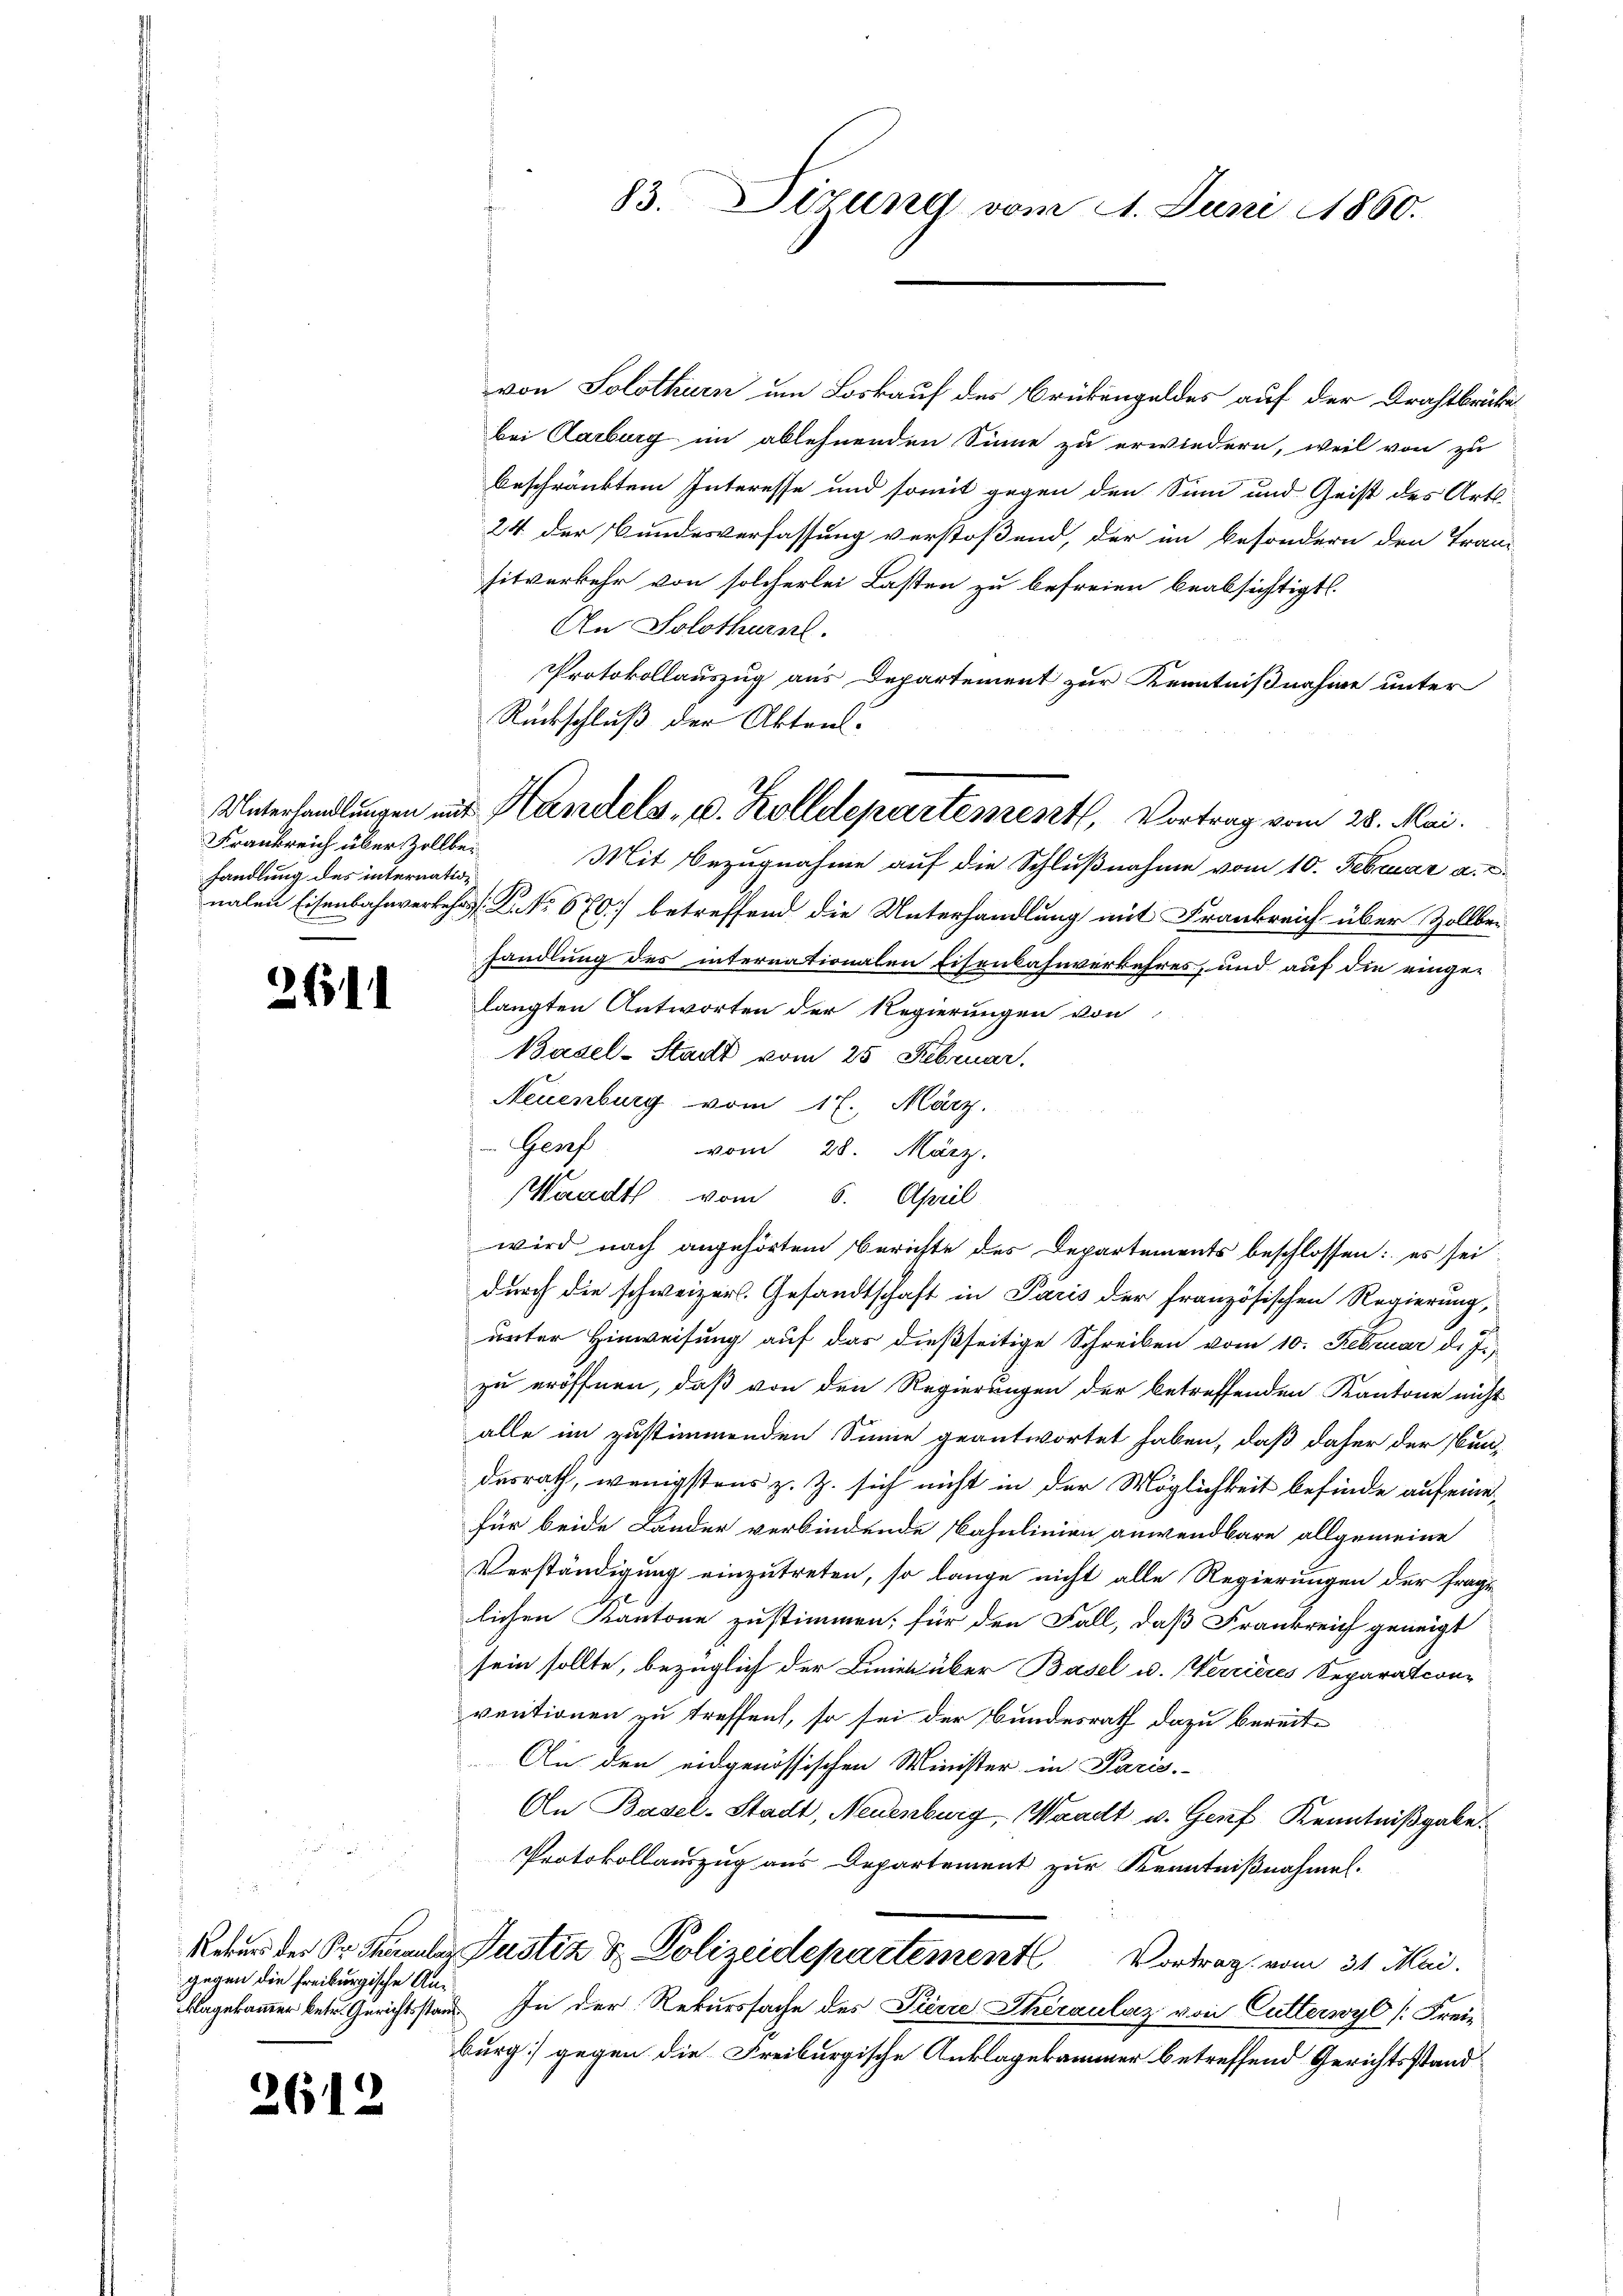
Frankreich über Zollbehandlung des internation

2611

gegen die Freiburgische An¬

2612

von Solothurn um Loskauf des Brückengeldes auf der Drahtbrücke
bei Aarburg im ablehnenden Sinne zu erwiedern, weil von zu
beschränktem Interesse und somit gegen den Sinn und Geist des Arts-
24 der Bundesverfassung verstoßend, der im besondern den Tran
sitverkehr von solcherlei Lasten zu befreien beabsichtigt.
An Solothurn.
Protokollauszug aus Departement zur Kenntnißnahme unter
Mit Bezugnahme auf die Schlußnahme vom 10. Februar a. c.
nalen Eisenbahnverkehrs K. No. 670] betreffend die Unterhandlung mit Frankreich über Zollbei
handlung des internationalen Eisenbahnverkehres, und auf die eingelangten Antworten der Regierungen von
Basel-Stadt vom 25 Februar.
Neuenburg vom 17. März.
Genf vom 28. März.
Waadt vom 6. April
wird nach angehörten Berichte des Departements beschlossen: es seidurch die schweizer. Gesandtschaft in Paris der französischen Regierung,
unter Hinweisung auf das dießseitige Schreiben vom 10. Februar d. J.
zu eröffnen, daß von den Regierungen der betreffenden Kantone nicht
alle im zustimmenden Sinne geantwortet haben, daß daher der Bun-
desrath, wenigstens z. Z. sich nicht in der Möglichkeit befinde auf einefür beide Länder verbindende Bahnlinien anwendbare allgemeine
Verständigung einzutreten, so lange nicht alle Regierungen der frage
lichen Kantone zustimmen; für den Fall, daß Frankreich geneigt
sein sollte, bezüglich der Linien über Basel u. Verrieres Separation
ventionen zu treffen, so sei der Bundesrath dazu bereit¬
An den eidgenössischen Minister in Paris.
An Basel-Stadt, Neuenburg, Waadt u. Gesef Kenntnißgabe.
Protokollauszug aus Departement zur Kenntnißnahmen.
Reber der Sr. Kanaler Justiz & Polizeidepartement Vortrag vom 31. Mai.
klagekammer betr. Gerichtsstand In der Rekurssache des Pierre Theraulaz von Cutterwyl (Freiburg) gegen die Freiburgische Anklagekammer betreffend Gerichtsstand

Rückschluß der Akten.
Unterhandlungen nur Handels- u. Zolldepartement, Vortrag vom 28. Mai.

83. Sirung vom 1. Juni 1860.